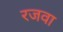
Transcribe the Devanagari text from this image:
रजवा